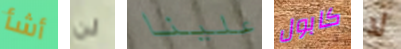
أشأ لن علينا كابول لا